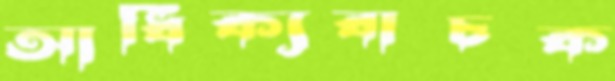
আধিক্যবাচক